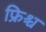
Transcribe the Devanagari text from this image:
फ्रिश्च